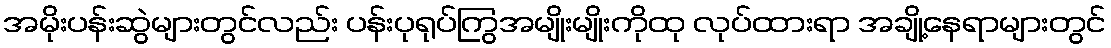
အမိုးပန်းဆွဲများတွင်လည်း ပန်းပုရုပ်ကြွအမျိုးမျိုးကိုထု လုပ်ထားရာ အချို့နေရာများတွင်